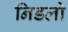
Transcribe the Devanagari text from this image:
निडलो